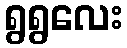
ရွရွလေး